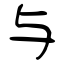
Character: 与